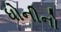
ધોનીનો